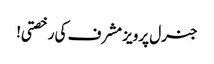
جنرل پرویز مشرف کی رخصتی!